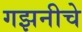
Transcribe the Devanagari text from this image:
गझनीचे